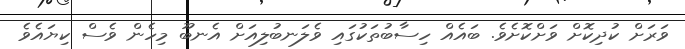
ވަރަށް ކުދިކޮށް ވަށްކޮށެވެ. ބައެއް ހިސާބުތަކުގައި ވެލަނބުލިއަށް އެނބޫ މިހެން ވެސް ކިޔައެވެ